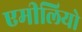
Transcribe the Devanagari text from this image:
एमीलियो